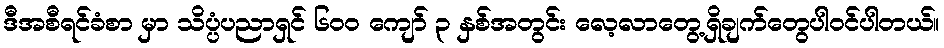
ဒီအစီရင်ခံစာ မှာ သိပ္ပံပညာရှင် ၆၀၀ ကျော် ၃ နှစ်အတွင်း လေ့လာတွေ့ရှိချက်တွေပါဝင်ပါတယ်။